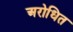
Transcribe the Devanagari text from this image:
अरोधित